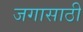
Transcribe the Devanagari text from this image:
जगासाठी